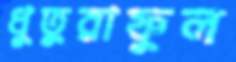
ধুতুরাফুল